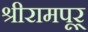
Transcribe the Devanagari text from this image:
श्रीरामपूर्